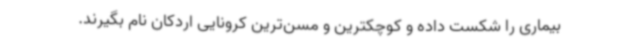
بیماری را شکست داده و کوچکترین و مسن‌ترین کرونایی اردکان نام بگیرند.